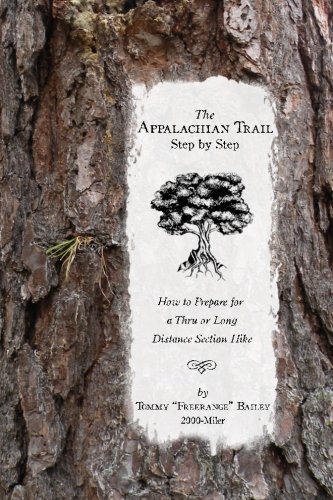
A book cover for The Appalachian Trail, Step by Step: How to Prepare for a Thru or Long Distance Section Hike; Tommy Freerange Bailey; Sports & Outdoors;